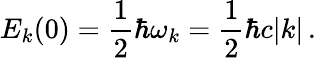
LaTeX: E_{k}(0)=\frac{1}{2}\hbar\omega_{k}=\frac{1}{2}\hbar c|k|\, .